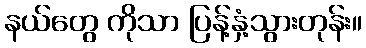
နယ်တွေ ကိုသာ ပြန့်နှံ့သွားတုန်း။